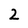
Character: 2